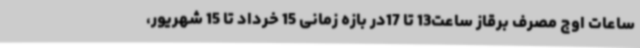
ساعات اوج مصرف برقاز ساعت13 تا 17در بازه زمانی 15 خرداد تا 15 شهریور،